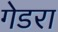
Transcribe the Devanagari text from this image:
गेडरा